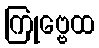
ကြုဗ္ဗေထ